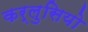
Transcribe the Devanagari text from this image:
कर्लुसियो